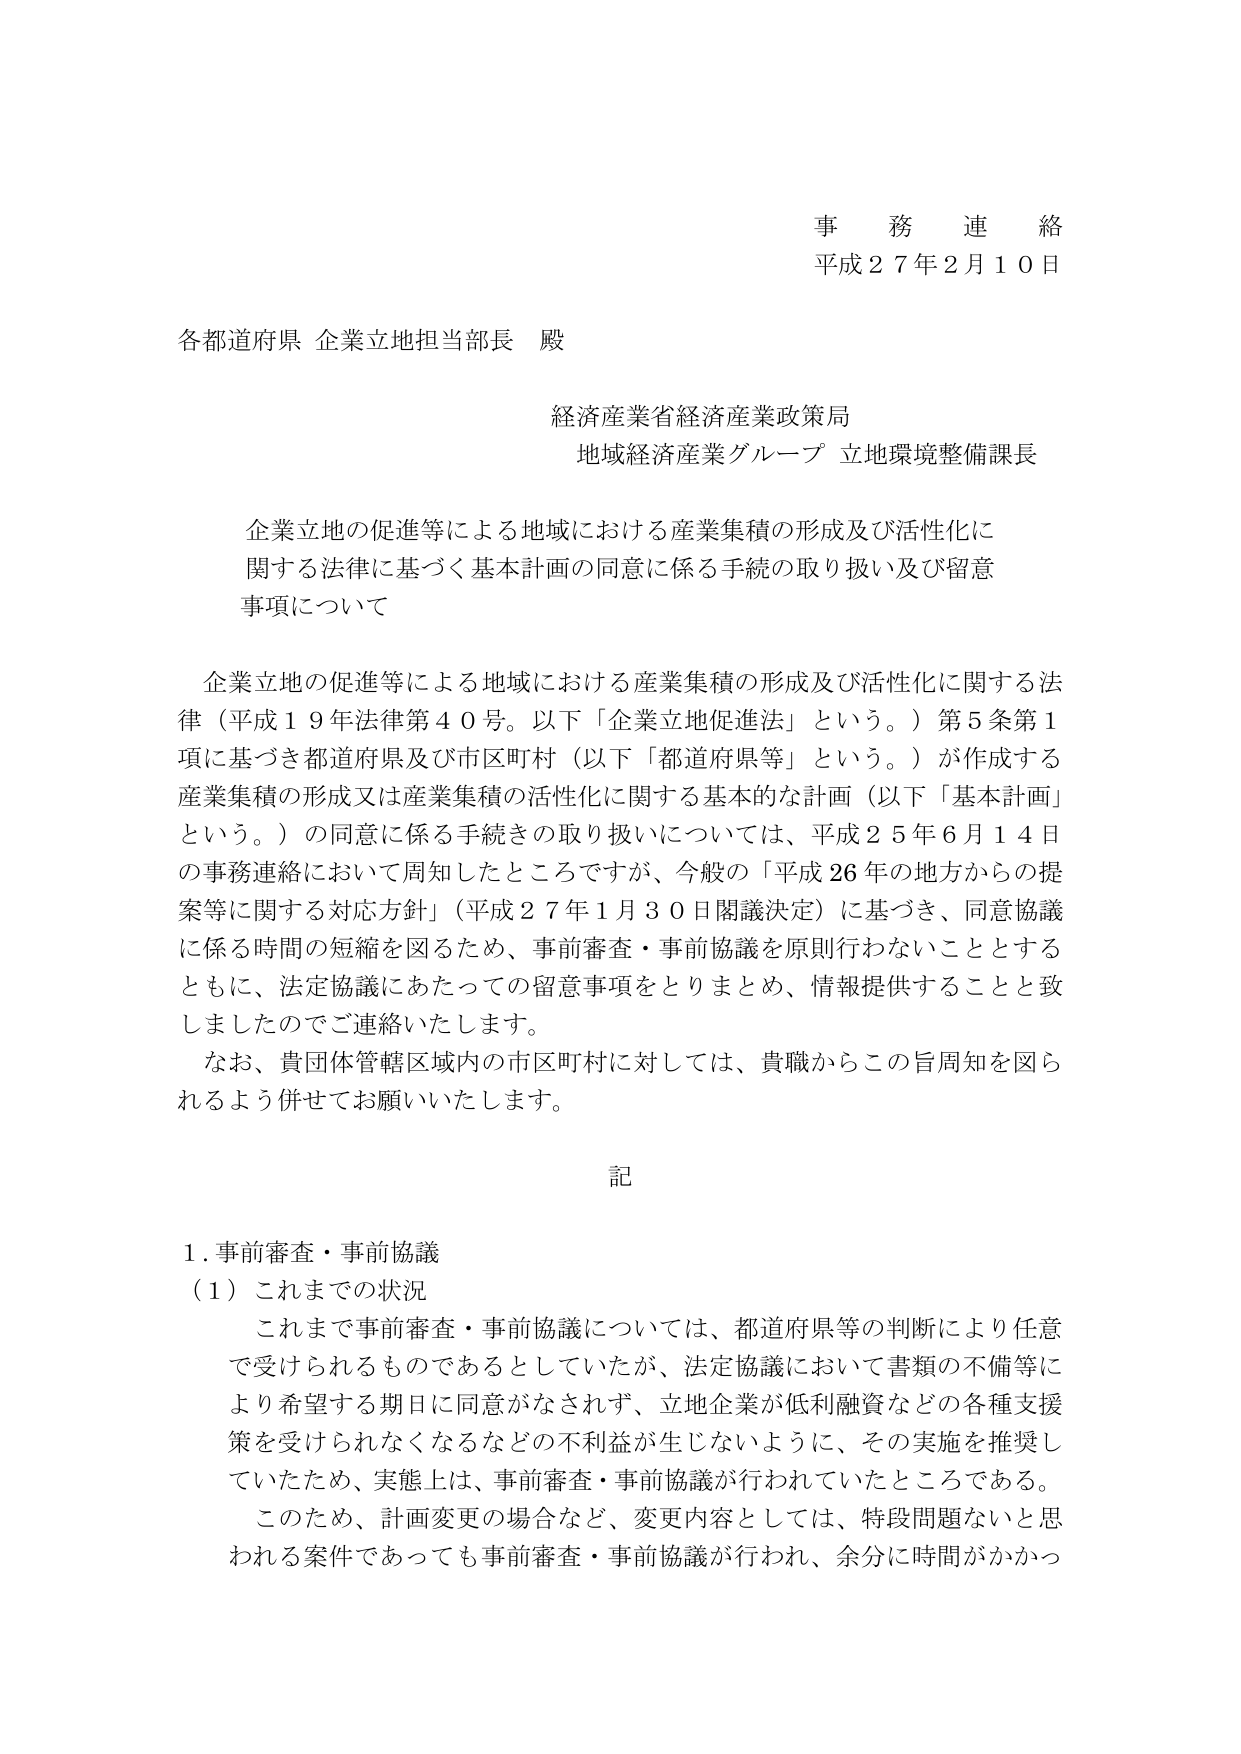
事務連絡
平成２７年２月１０日

各都道府県 企業立地担当部長 殿

経済産業省経済産業政策局
地域経済産業グループ 立地環境整備課長

企業立地の促進等による地域における産業集積の形成及び活性化に関する法律に基づく基本計画の同意に係る手続の取り扱い及び留意事項について

企業立地の促進等による地域における産業集積の形成及び活性化に関する法律（平成１９年法律第４０号。以下「企業立地促進法」という。）第５条第１項に基づき都道府県及び市区町村（以下「都道府県等」という。）が作成する産業集積の形成又は産業集積の活性化に関する基本的な計画（以下「基本計画」という。）の同意に係る手続の取り扱いについては、平成２５年６月１４日の事務連絡において周知したところですが、今般の「平成２６年の地方からの提案等に関する対応方針」（平成２７年１月３０日閣議決定）に基づき、同意協議に係る時間の短縮を図るため、事前審査・事前協議を原則行わないこととするともに、法定協議にあたっての留意事項をとりまとめ、情報提供することと致しましたのでご連絡いたします。
なお、貴団体管轄区域内の市区町村に対しては、貴職からこの旨周知を図られるよう併せてお願いいたします。

記

１．事前審査・事前協議
（１）これまでの状況
これまで事前審査・事前協議については、都道府県等の判断により任意で受けられるものであるとしていたが、法定協議において書類の不備等により希望する期日に同意がなされず、立地企業が低利融資などの各種支援策を受けられなくなるなどの不利益が生じないように、その実施を推奨していたため、実態上は、事前審査・事前協議が行われていたところである。
このため、計画変更の場合など、変更内容としては、特段問題ないと思われる案件であっても事前審査・事前協議が行われ、余分に時間がかかっ